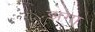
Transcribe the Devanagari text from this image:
झगा